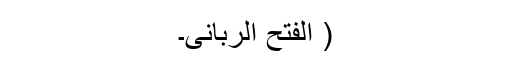
( الفتح الربانی۔